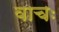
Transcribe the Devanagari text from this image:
वाचः